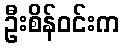
ဦးစိန်ဝင်းက